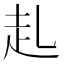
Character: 𧺇